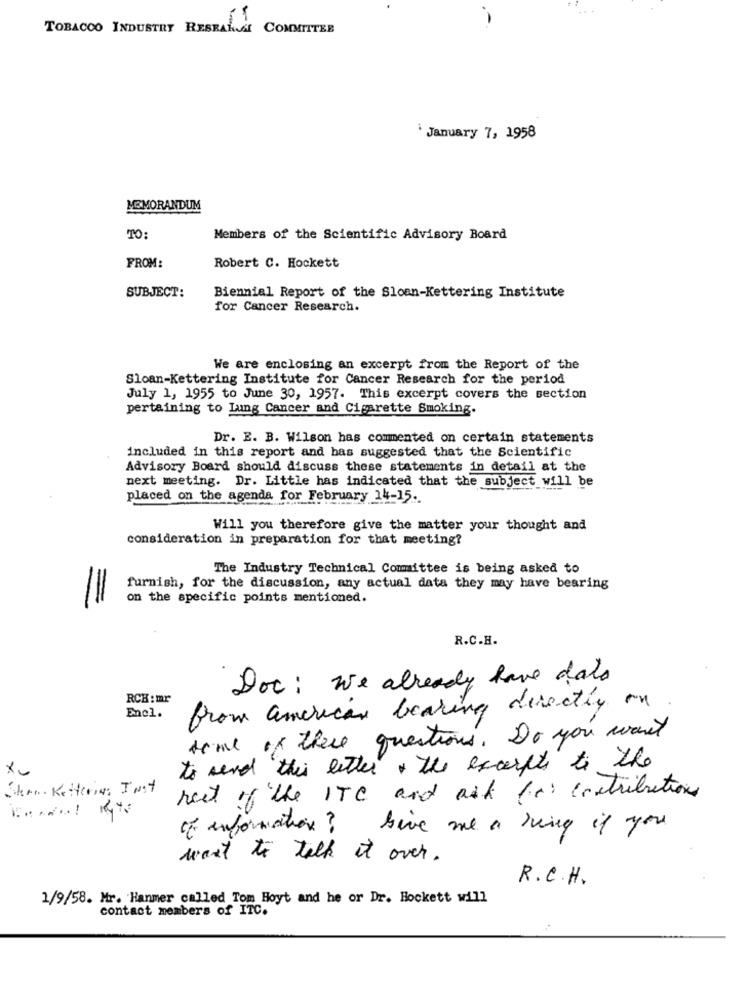
TOBACCO INDUSTRY REBRANCHE COMMITTEE
` January 7, 1958
MEMORANDUM
TO:
Members of the Scientific Advisory Board
FROM:
Robert C. Hockett
SUBJECT:
Biennial Report of the Sloan-Kettering Institute
for Cancer Research.
We are enclosing an excerpt from the Report of the
Sloan-Kettering Institute for Cancer Research for the period
July 1, 1955 to June 30, 1957. This excerpt covers the section
pertaining to Lung Cancer and Cigarette Smoking.
Dr. E. B. Wilson has commented on certain statements
included in this report and has suggested that the Scientific
Advisory Board should discuss these statements in detail at the
next meeting. Dr. Little has indicated that the subject will
placed on the agenda for February 14-15.
Will you therefore give the matter your thought and
consideration in preparation for that meeting?
The Industry Technical Committee is being asked to
furnish, for the discussion, any actual data they may have bearing
on the specific points mentioned.
R.C.H.
Doc : we already have dals
RCH: mr
Encl.
from american leaking directly on
time of these questions. Do you want
to send this letter . the excerpts to the
Stern Kettering Just
rest of the ITC and ask for contributions
of information? Give me a ring if you
want to talk it over.
R.C.H.
1/9/58. Mr. Hanmer called Tom Hoyt and he or Dr. Hockett will
contact members of ITC.